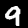
Label: 9